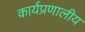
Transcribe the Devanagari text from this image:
कार्यप्रणालीय